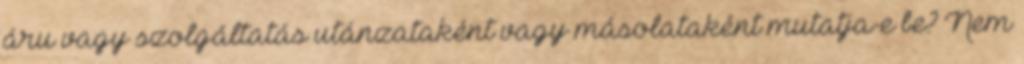
áru vagy szolgáltatás utánzataként vagy másolataként mutatja-e be? Nem